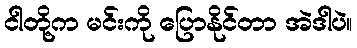
ငါတို့က မင်းကို ပြောနိုင်တာ အဲဒါပဲ။